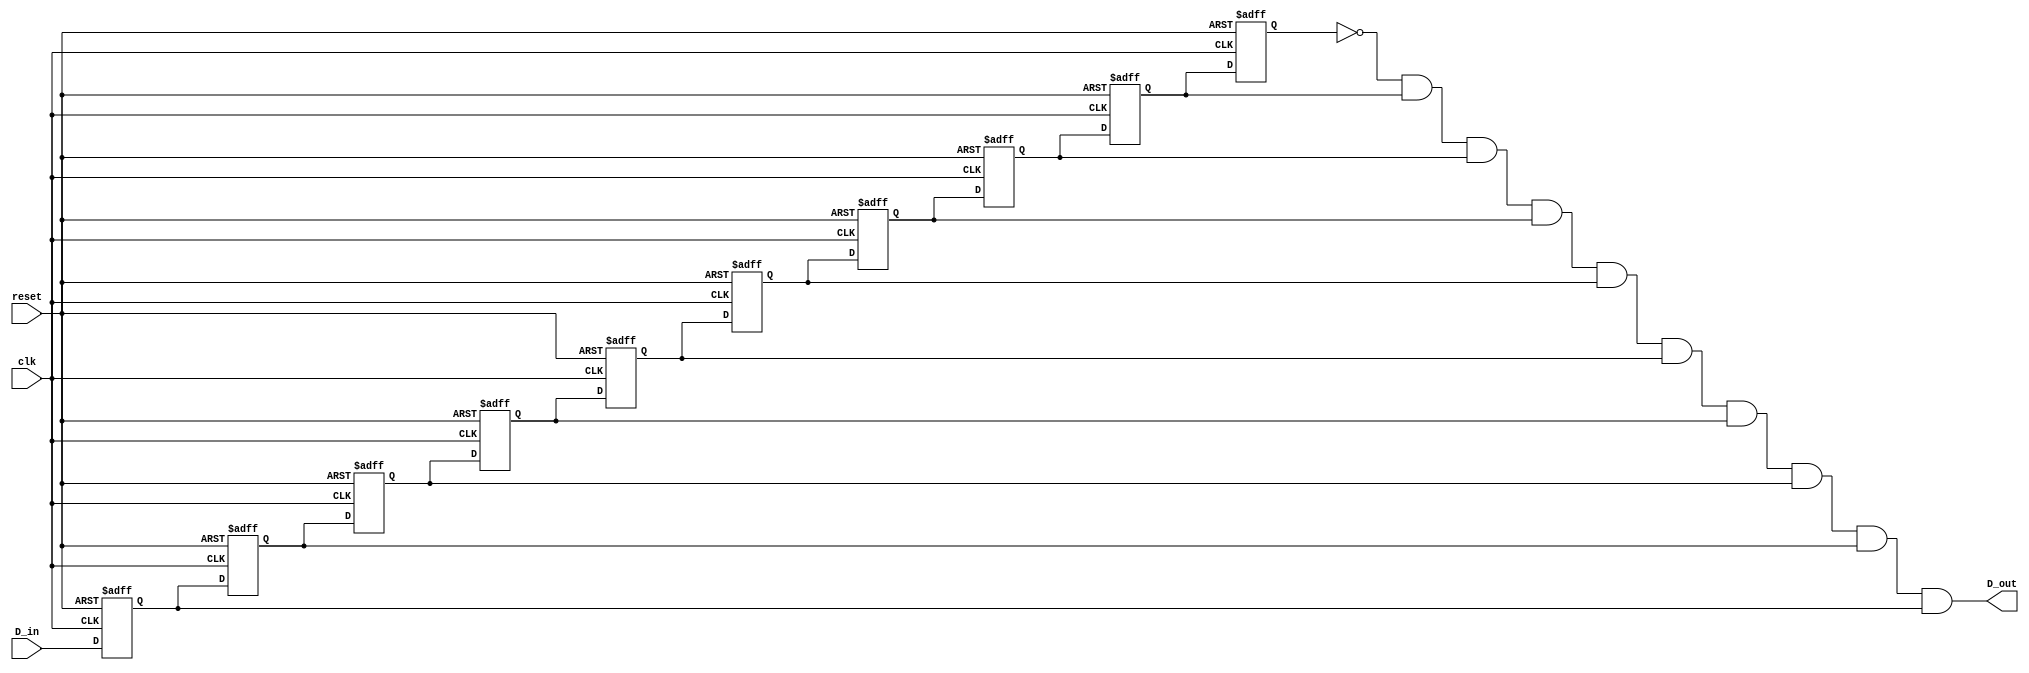
`timescale 1ns / 1ps
/****************************** C E C S  3 0 1 ******************************
 * 
 * Project:       Lab_Assignment_?
 * Designer:      Garrett Cross
 * Rev. No.:      Version 1.3
 * Rev. Date:     9/30/2018
 *
 * Purpose:       To provide a debounced, one-shot pulse to use in testing
 *                circuits. Debouncing is accomplished by sampling the 
 *                button input every clock pulse (2 ms) for 10 cycles 
 *                (20 ms total sampling time). Each clock pulse, the sample
 *                is shifted in and checked against previous samples. 
 *                If, after a low input, it receives 9 samples of high 
 *                input, it will output high, and on the 10th sample of
 *                high input will output low, ensuring a single pulse of
 *                the same clock period. 
 *
 * Dependencies:  500Hz Clock Input (2 ms period)
 *
 ****************************************************************************/

module oneshot_pulse( D_in, clk, reset, D_out );

    input   D_in, clk, reset;
    
    output  D_out;
    
    reg     q9, q8, q7, q6, q5, q4, q3, q2, q1, q0;
    
    always @ (posedge clk or posedge reset)
        if (reset == 1'b1)
            {q9,q8,q7,q6,q5,q4,q3,q2,q1,q0} <= 10'b0;
        else begin
            // shift in the new sample that's on the D-in input
            q9 <= q8; q8 <= q7; q7 <= q6; q6 <= q5; q5 <= q4;
            q4 <= q3; q3 <= q2; q2 <= q1; q1 <= q0; q0 <= D_in;
    end
        
    // create the debounced, one-shot output pulse
    assign D_out = !q9 & q8 & q7 & q6 & q5 &
                    q4 & q3 & q2 & q1 & q0;
                            
endmodule